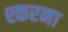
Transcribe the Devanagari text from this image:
श्करना